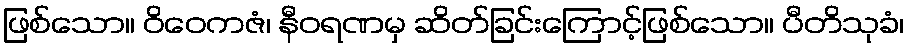
ဖြစ်သော။ ဝိဝေကဇံ၊ နီဝရဏမှ ဆိတ်ခြင်းကြောင့်ဖြစ်သော။ ပီတိသုခံ၊